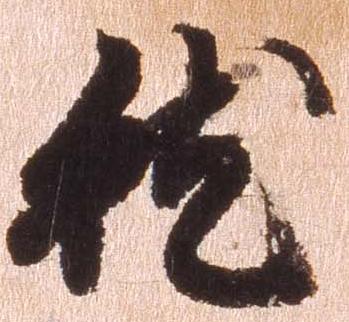
就